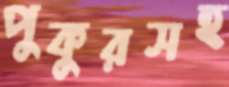
পুকুরসহ